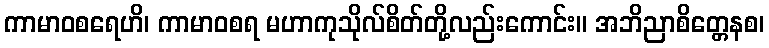
ကာမာဝစရေဟိ၊ ကာမာဝစရ မဟာကုသိုလ်စိတ်တို့လည်းကောင်း။ အဘိညာစိတ္တေနစ၊